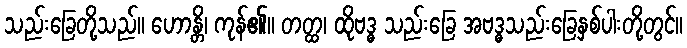
သည်းခြေတို့သည်။ ဟောန္တိ၊ ကုန်၏။ တတ္ထ၊ ထိုဗဒ္ဓ သည်းခြေ အဗဒ္ဓသည်းခြေနှစ်ပါးတို့တွင်။